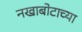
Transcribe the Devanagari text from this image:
नखाबोटाच्या